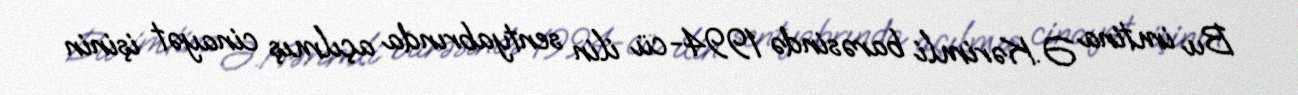
Bu imtina Ə.Kərimli barəsində 1994-cü ilin sentyabrında açılmış cinayət işinin